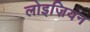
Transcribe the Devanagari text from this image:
लोइज़ियन